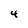
Character: 4